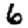
Digit: 6